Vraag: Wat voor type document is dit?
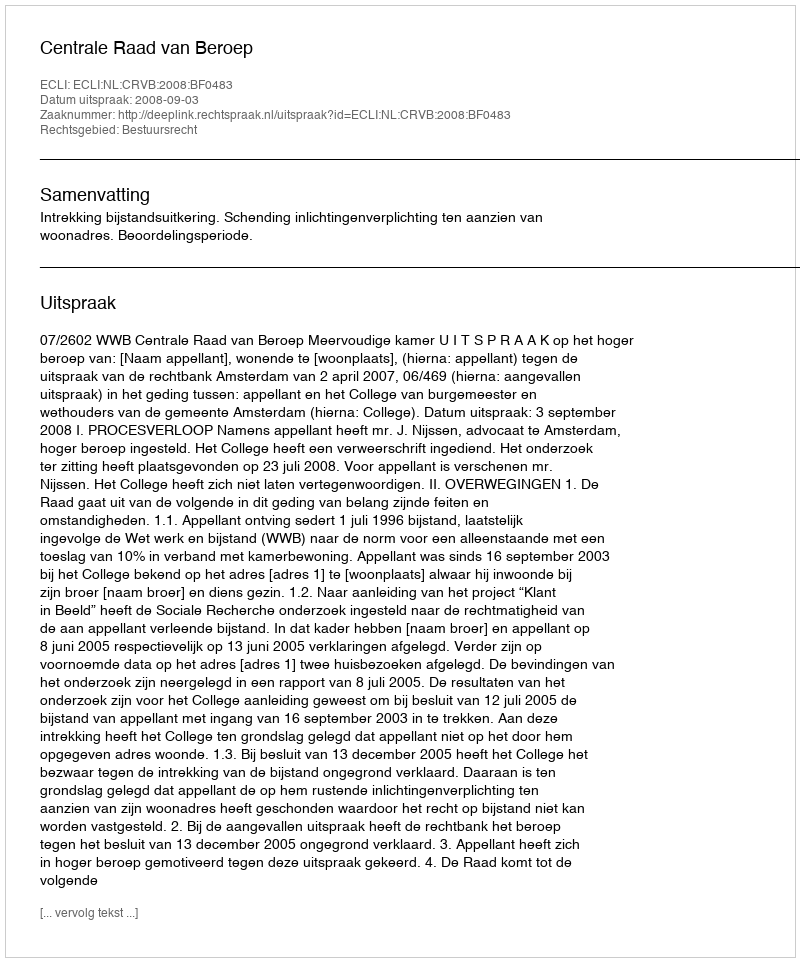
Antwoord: Uitspraak